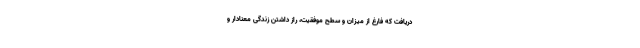
دریافت که فارغ از میزان و سطح موفقیت، رازِ داشتنِ زندگی معنادار و